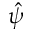
\hat { \psi }